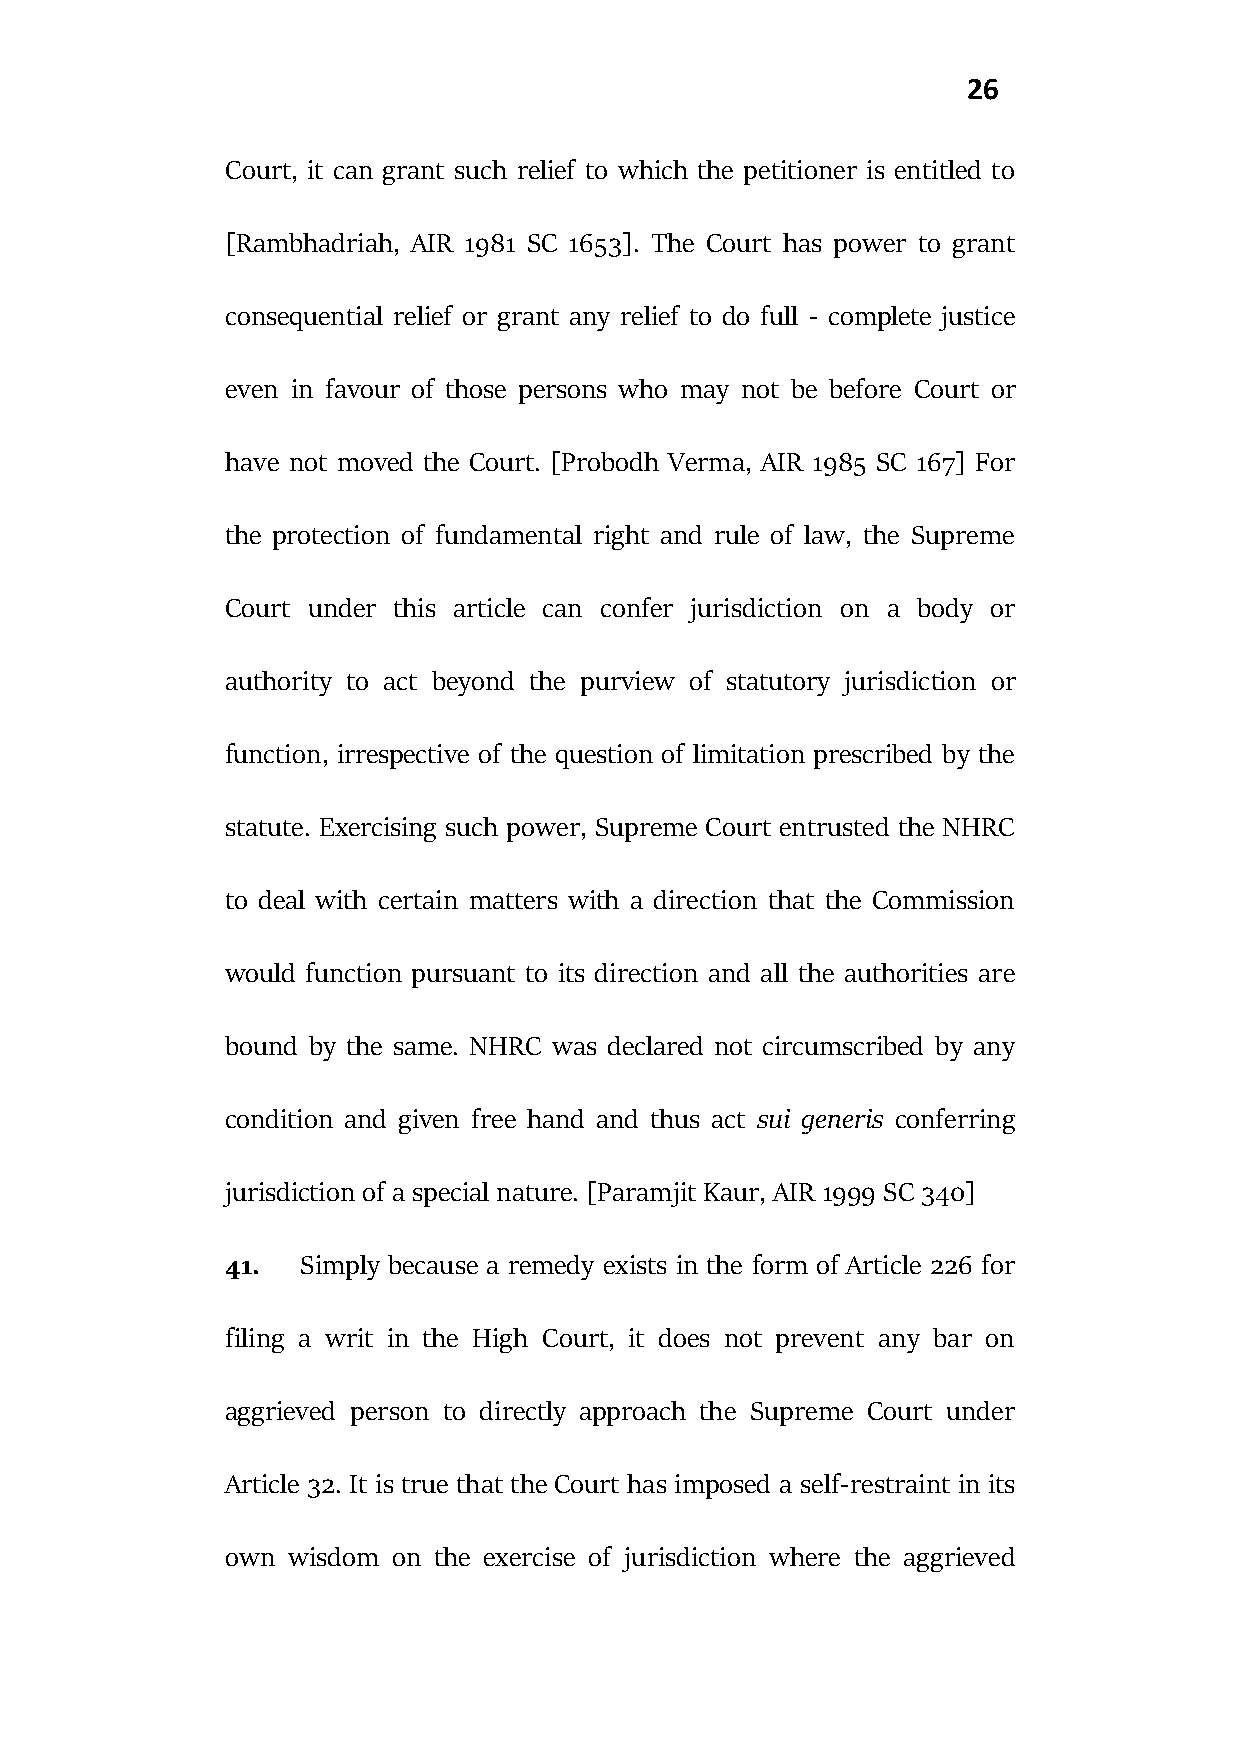
26
 Court, it can grant such relief to which the petitioner is entitled to
 [Rambhadriah, AIR 1981 SC 1653]. The Court has power to grant
 consequential relief or grant any relief to do full - complete justice
 even in favour of those persons who may not be before Court or
 have not moved the Court. [Probodh Verma, AIR 1985 SC 167] For
 the protection of fundamental right and rule of law, the Supreme
 Court under this article can confer jurisdiction on a body or
 authority to act beyond the purview of statutory jurisdiction or
 function, irrespective of the question of limitation prescribed by the
 statute. Exercising such power, Supreme Court entrusted the NHRC
 to deal with certain matters with a direction that the Commission
 would function pursuant to its direction and all the authorities are
 bound by the same. NHRC was declared not circumscribed by any
 condition and given free hand and thus act sui generis conferring
 jurisdiction of a special nature. [Paramjit Kaur, AIR 1999 SC 340]
 41.  Simply because a remedy exists in the form of Article 226 for
 filing a writ in the High Court, it does not prevent any bar on
 aggrieved person to directly approach the Supreme Court under
 Article 32. It is true that the Court has imposed a self-restraint in its
 own wisdom on the exercise of jurisdiction where the aggrieved